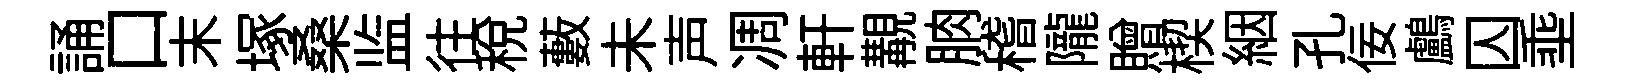
誦口末塚桑监往税藪未声凋軒覯朒稽隴贈楔絪孔佞鸕囚埀